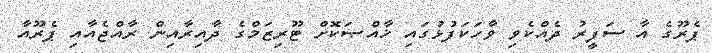
ޕެރޫގެ އާ ސަފީރު ދެއްކެވި ވާހަކަފުޅުގައި ޚާއްޞަކޮށް ޓޫރިޒަމްގެ ދާއިރާއިން ރާއްޖެއާއި ޕެރޫއާ